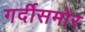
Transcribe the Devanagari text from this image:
गर्दीसमोर